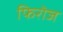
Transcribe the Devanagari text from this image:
फिरॊज